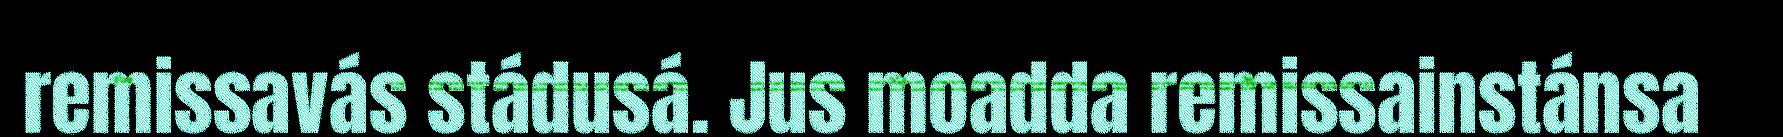
remissavás stádusá. Jus moadda remissainstánsa